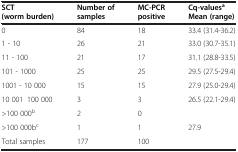
<table><thead><tr><td><b>SCT (worm burden)</b></td><td><b>Number of samples</b></td><td><b>MC-PCR positive</b></td><td><b>Cq-values<sup>a</sup>Mean (range)</b></td></tr></thead><tbody><tr><td>0</td><td>84</td><td>18</td><td>33.4 (31.4-36.2)</td></tr><tr><td>1 - 10</td><td>26</td><td>21</td><td>33.0 (30.7-35.1)</td></tr><tr><td>11 - 100</td><td>21</td><td>17</td><td>31.1 (28.8-33.5)</td></tr><tr><td>101 - 1000</td><td>25</td><td>25</td><td>29.5 (27.5-29.4)</td></tr><tr><td>1001 - 10 000</td><td>15</td><td>15</td><td>27.9 (25.0-29.4)</td></tr><tr><td>10 001–100 000</td><td>3</td><td>3</td><td>26.5 (22.1-29.4)</td></tr><tr><td>&gt;100 000<sup>b</sup></td><td>2</td><td>0</td><td></td></tr><tr><td>&gt;100 000b<sup>c</sup></td><td>1</td><td>1</td><td>27.9</td></tr><tr><td>Total samples</td><td>177</td><td>100</td><td></td></tr></tbody></table>